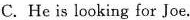
C.He is looking for Joe.